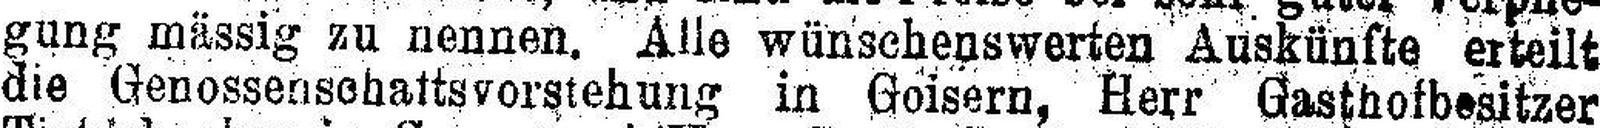
gung mässig zu nennen. Alle wünschenswerten Auskünfte erteilt